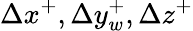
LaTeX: \Delta x^{+},\Delta y_{w}^{+},\Delta z^{+}